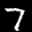
Label: 7